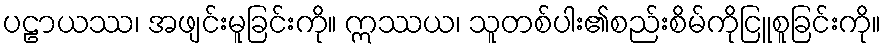
ပဠာယဿ၊ အဖျင်းမူခြင်းကို။ ဣဿယ၊ သူတစ်ပါး၏စည်းစိမ်ကိုငြူစူခြင်းကို။